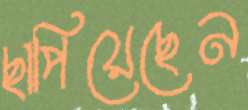
ছাপিয়েছেন